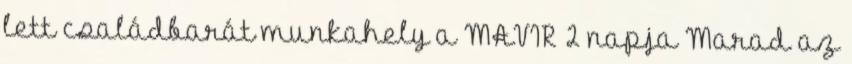
lett családbarát munkahely a MAVIR 2 napja Marad az